Vital statistics of India. Vol. IV, Annual returns from 1871 to 1876. British Army of India, Native Army and jails of Bengal
Year: 1871
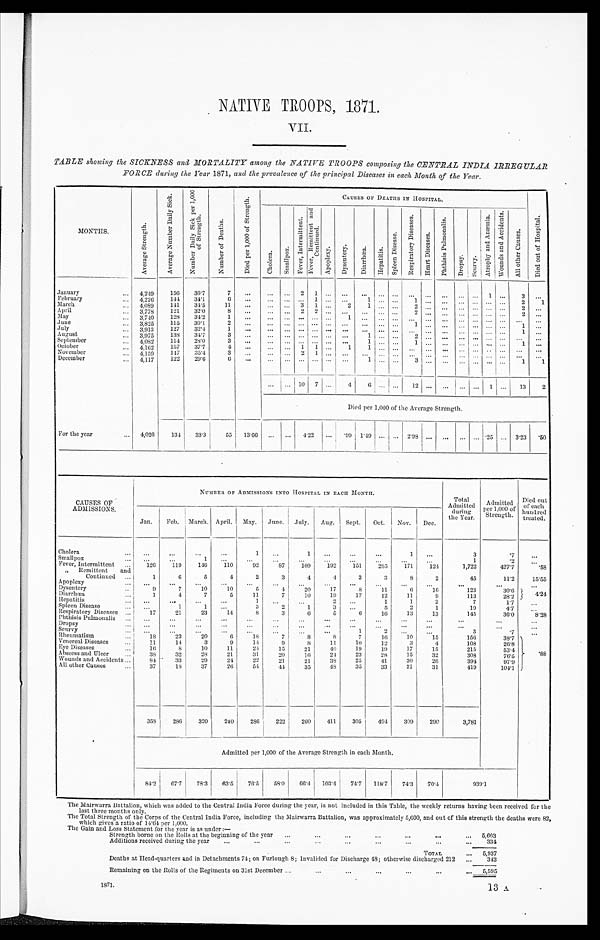
NATIVE TROOPS, 1871.
VII.
TABLE showing the SICKNESS and MORTALITY among the NATIVE TROOPS composing the CENTRAL INDIA IRREGULAR
FORCE during the Year 1871, and the prevalence of the principal Diseases in each Month of the Year.
MONTH.
A v e r a g e S t r e n g t h .
A v e r a g e N u m b e r D a i l y S i c k .
N u m b e r D a i l y S i c k p e r 1 , 0 0 0 o f S t r e n g t h .
N u m b e r o f D e a t h s .
D i e d p e r 1 , 0 0 0 o f S t r e n g t h .
CAUSES OF DEATHS IN HOSPITAL.
C h o l e r a .
S m a l l p o x .
F e v e r , I n t e r m i t t e n t .
F e v e r , R e m i t t e n t a n d C o n t i n u e d .
A p o p l e x y .
Dysentery.
D i a r r h œ a .
He pa t i t i s .
S p l e e n D i s e a s e .
R e s p i r a t o r y D i s e a s e s .
H e a r t D i s e a s e s .
P h t h i s i s P u l m o n a l i s .
D r o p s y . S c u r v y .
A t r o p h y a n d A n æ m i a . W o u n d s a n d A c c i d e n t s .
A l l o t h e r C a u s e s .
D i e d o u t o f H o s p i t a l .
January
4,249
156
36.7
7
... ...
. . . 2 1
. . .
...
. . . ...
. . . ...
. . . ...
. . . . . . 1 . . .
3 ...
February
4,226
144 34.1
6 ...
...
. . . . . . 1
. . . . . .
1 ...
. . . 1
. . .
. . .
. . . . . . . . . . . . 2
1
March
4,089
141
34.5
11 ...
. . .
. . . 3 1 ...
2
1 ...
. . . 2
. . . ...
. . . . . . . . . ...
2
. . .
April
3,778 121
32.0
8
. . .
... . . . 2 2
. . .
. . .
. . . ... . . .
2 . . . ...
. . . . . . . . . . . .
2
. . .
May
3,740
128 34.2
1
. . .
. . .
. . . ...
. . . ...
1
. . .
...
. . .
. . . . . .
. . . ... ... ... ... ... ...
June
3,825
115
30.1
2 ... ...
. . . . . . . . . . . .
. . . ...
. . .
1 . . . ...
. . . . . . . . . . . .
1
. . .
July
3,913
127
32.4
1
...
... ... ... ... ... ... ... ... ... ... ... ... ... ... ... ...
1
. . .
August
3,975
138
34.7
3 ... ...
. . . . . . . . . . . .
...
1 ...
. . . 2
. . .
. . .
. . . . . . . . . . . . 1 ...
September
4,082
114 28.0
3 ... ... . . . . . . . . . . . . . . .
. . .
...
. . . 1
. . .
. . . . . . . . . . . . . . .
1 ...
October
4,162
157
37.7
4 ... ...
. . . 1 1
. . . 1
1 ...
. . .
. . . . . .
. . . . . . . . . . . . . . . . . .
. . .
November
4,159
147
35.4
3 ...
. . .
. . . 2 1
. . . . . .
1 ... . . .
. . . . . .
. . . . . . . . . . . . . . . . . .
. . .
December
4,117
122
29.6
6 ... ...
. . . . . . . . . . . .
. . .
1 ...
. . .
3
. . . ...
. . . . . .
. . . . . .
1
1
... ...
. . . 10 7 ...
4
6 ...
. . .
1 2 . . . ...
. . . . . . 1 . . .
1 3
2
Died per 1,000 of the Average Strength.
For the year
4,026
134
33.3
55 13.66 ...
. . . 4.22
. . . .99 1.49 ... ... 2.98 ...
. . . ... ... .25 . . . 3.23 .50
CAUSES OF
ADMISSIONS.
NUMBER OF ADMISSIONS INTO HOSPITAL IN EACH MONTH.
Tot al
Admitted
during
the Year. Admi t t ed per 1, 000 of St r engt h.
Died out
of each
hundred
treated.
Jan. Feb. March. April. May. June. July. Aug. Sept. Oct. Nov. Dec.
Cholera
. . .
. . .
...
...
1 . . .
1
. . .
...
...
1 ...
3
.7
...
Smallpox
. . .
. . .
1
. . .
...
. . . ...
. . . ...
. . . ...
. . .
1
.2
. . .
Fever, Intermittent
126
119
146
110
92
87
109
192
151
295
171
124
1,722
427.7
.58
" Remittent and
Continued
1
6
5
4
2
3
4
4
3
3
8
2
45
11.2
15.55
Apoplexy
. . . ...
...
. . .
...
. . . ...
. . .
...
...
...
...
...
. . .
. . .
Dysentery
9
7
10
10
5
4
20
17
8
11
6
16
123
30.6 4.24
Diarrhœa
1
4
7
5
11
7
10
19
17
12
11
9
113
28.2
Hepatitis
. . .
. . .
. . .
...
1
. . . . . .
2 ...
1
1
2
7
1.7 ...
Spleen Disease
. . .
1
1
. . .
3
2
1
3 ...
5
2
1
19
4.7
. . .
Respiratory Diseases
17
21
23
14
8
3
6
5
6
16
13
13
145
36.0
8.28
Phthisis Pulmonalis
. . . ...
. . .
. . .
. . .
. . .
. . .
. . .
. . . . . .
. . .
. . .
. . .
. . .
. . .
Dropsy
...
...
. . .
. . .
. . .
. . .
. . .
. . .
. . .
. . .
. . .
. . .
. . .
. . .
. . .
Scurvy
. . .
. . . ...
. . .
. . .
. . .
. . .
. . .
1
2
. . .
. . .
3
.7
. . .
Rheumatism
18
23
20
6
1 8
7
8
8
7
16
10
1 5
156
38.7 .88
Venereal Diseases
11
14
3
9
14
9
8
11
1 0
12
3
4
108
26.8
Eye Diseases
16
8
10
11
24
15
21
40
19
19
17
15
215
53.4
Abscess and Ulcer
38
32
28
21
31
20
16
24
7
10
23
28
15
32
308
76.5
Wounds and Accidents
84
33
29
24
22
21
21
38
25
41
30
26
394
97.9
All other Causes
37
18
37
26
54
44
35
48
35
33
21
31
419
104.1
358 286
320
240
286
222
260
411
305
494
309
290
3,781
Admitted per 1,000 of the Average Strength in each Month.
84.2 67.7 78.3 63.5
7 6 . 5
5 8 . 0 66.4 103.4
7 4 . 7
118.7 74.3 70.4
939.1
The Mairwarra Battalion, which was added to the Central India Force during the year, is not included in this Table, the weekly returns having been received for the
last three months only.
The Total Strength of the Corps of the Central India Force, including the Mairwarra Battalion, was approximately 5,600, and out of this strength the deaths were 82,
which gives a ratio of 14.64 per 1,000.
The Gain and Loss Statement for the year is as under:—
S t r e n g t h b o r n e o n t h e R o l l s a t t h e b e g i n n i n g o f t h e y e a r
Additions received during the year
5 , 6 0 3
3 3 4
TOTAL
5,937
Deaths at Head-quarters and in Detachments 74; on Furlough 8; Invalided for Discharge 48; otherwise discharged 212
342
Remaining on the Rolls of the Regiments on 31st December
5,595
1871.
13 A.